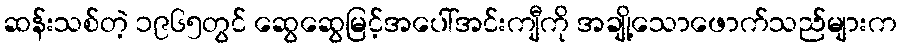
ဆန်းသစ်တဲ့ ၁၉၆၅တွင် ဆွေဆွေမြင့်အပေါ်အင်းကျီကို အချို့သောဖောက်သည်များက